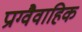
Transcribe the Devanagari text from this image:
प्राग्वैवाहिक